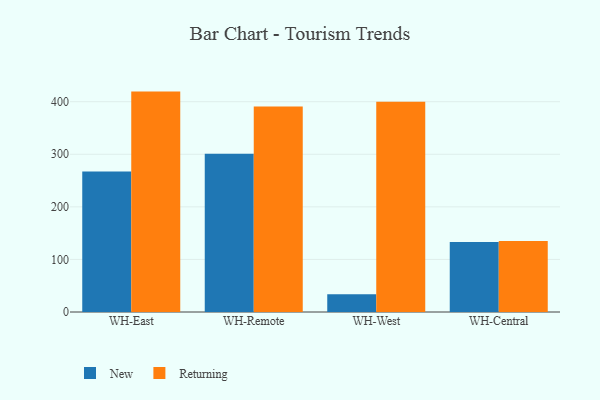
{"axis": {"x": "Warehouse", "y": "Churn Rate (%)"}, "legend": ["New", "Returning"], "data": [{"x": "WH-East", "y": 267.2, "type": "New"}, {"x": "WH-East", "y": 419.2, "type": "Returning"}, {"x": "WH-Remote", "y": 301.2, "type": "New"}, {"x": "WH-Remote", "y": 390.9, "type": "Returning"}, {"x": "WH-West", "y": 33.7, "type": "New"}, {"x": "WH-West", "y": 399.9, "type": "Returning"}, {"x": "WH-Central", "y": 133.2, "type": "New"}, {"x": "WH-Central", "y": 135.1, "type": "Returning"}]}